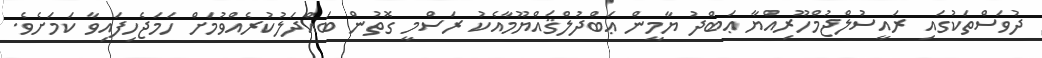
ދުވަސްތަކުގައި ރައީސުލްޖުމްހޫރިއްޔާ ޢަބްދު ޔާމީން ޢަބްދުލްޤައްޔޫމާއެކު ރަސްމީ ގޮތުން ބައްދަލުކުރެއްވުމަށް ހަމަޖެހިފައިވާ ކަމަށެވެ.